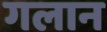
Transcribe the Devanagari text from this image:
गलान